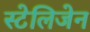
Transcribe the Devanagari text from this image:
स्टेलिजेन